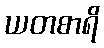
ယတစာရိ